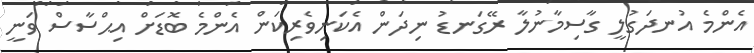
އެންމެ އުނދަގުލީ ގާސިމާނުލާ ރޭގަނޑު ނިދަން އެކަނިވެރިކަން އެންމެ ބޮޑަށް އިޙްސާސް ވަނީ